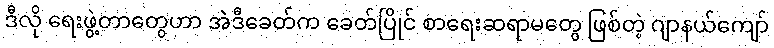
ဒီလို ရေးဖွဲ့တာတွေဟာ အဲဒီခေတ်က ခေတ်ပြိုင် စာရေးဆရာမတွေ ဖြစ်တဲ့ ဂျာနယ်ကျော်